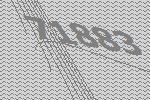
71883